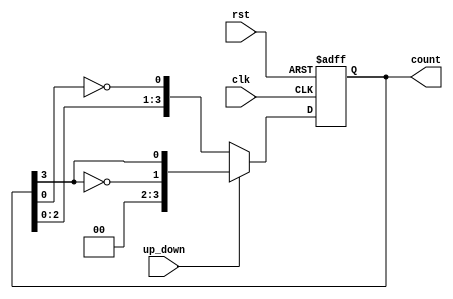
module bidirectional_johnson_counter (
    input wire clk,          // Clock signal
    input wire rst,          // Reset signal
    input wire up_down,      // Up/down control signal
    output reg [n-1:0] count // Counter output (n-bits)
);
    
    parameter n = 4; // Number of flip-flops (adjust as needed)

    always @(posedge clk or posedge rst) begin
        if (rst) begin
            // Reset the counter to zero
            count <= {n{1'b0}};
        end else begin
            if (up_down) begin
                // Counting up: Shift right and invert the last bit to the first
                count <= {~count[n-1], count[n-1:n-1]};
            end else begin
                // Counting down: Shift left and invert the first bit to the last
                count <= {count[n-2:0], ~count[0]};
            end
        end
    end

endmodule